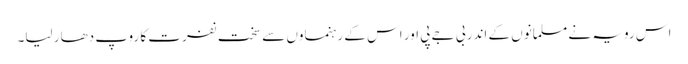
اس رویہ نے مسلمانوں کے اندر بی جے پی اور اس کے رہنماوں سے سخت نفرت کا روپ دھار لیا۔